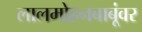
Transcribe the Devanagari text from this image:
लालमोहनबाबूंवर